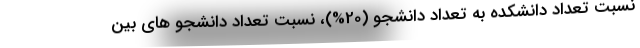
نسبت تعداد دانشکده به تعداد دانشجو (20%)، نسبت تعداد دانشجو های بین